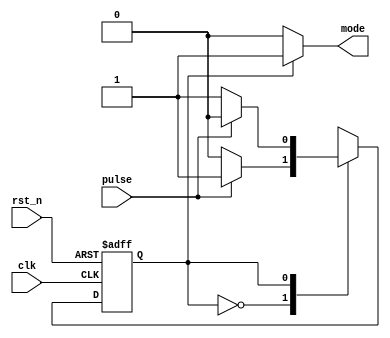
`timescale 1ns / 1ps
//////////////////////////////////////////////////////////////////////////////////
// Company: 
// Engineer: 
// 
// Design Name: 
// Module Name: fsm_start
// Project Name: 
// Target Devices: 
// Tool Versions: 
// Description: 
// 
// Dependencies: 
// 
// Revision:
// Revision 0.01 - File Created
// Additional Comments:
// 
//////////////////////////////////////////////////////////////////////////////////


`define STATE_START 1
`define STATE_PAUSE 0
`define MODE_START 1
`define MODE_PAUSE 0
     
module fsm_start(
    input pulse,
    input clk,
    input rst_n,
    output reg mode
);

reg next_state;
reg state;   
  
always@*  begin
    if (state == `STATE_START) 
        mode <= `MODE_START;
    else mode <= `MODE_PAUSE;     //count enable for sec0

    case (state)
        `STATE_PAUSE:  begin
            if (pulse)
                next_state <= `STATE_START;
                else next_state <= `STATE_PAUSE;
            end
        `STATE_START: begin
             if (pulse)
                 next_state <= `STATE_PAUSE;
             else next_state <= `STATE_START;
             end
    endcase
    end
    
    always@(posedge clk or negedge rst_n)
        if (~rst_n)  state <= `STATE_PAUSE;
        else state <= next_state;

endmodule